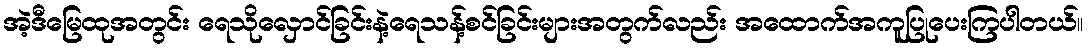
အဲ့ဒီမြေထုအတွင်း ရေသိုလှောင်ခြင်းနဲ့ရေသန့်စင်ခြင်းများအတွက်လည်း အထောက်အကူပြုပေးကြပါတယ်။